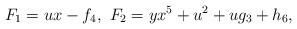
LaTeX: \begin{align*}F_1 = u x - f_4, \ F_2 = y x^5 + u^2 + u g_3 + h_6,\end{align*}